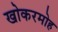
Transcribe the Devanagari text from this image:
खोकरमोह